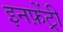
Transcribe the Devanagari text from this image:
इनफ़ेंट्री